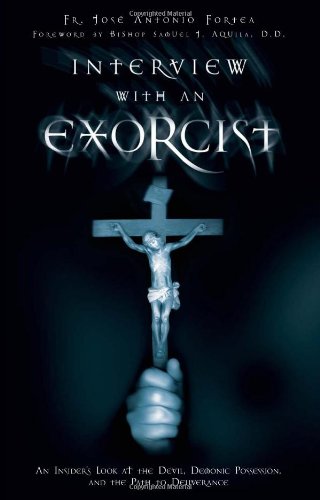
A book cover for Interview With an Exorcist; Fr. Jose Antonio Fortea; Christian Books & Bibles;